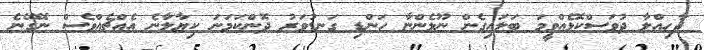
ދާހިއްލާ ދުވަސްކޮޅެއްވީމަ ބަލައިގެން ނޫޅެންޏާ ހަންޑި ގަނޑުވަރު ދޮންކަމަނަ ކިޔާލާނެ އެއްޗެއްވެސް ނޭގޭނެ